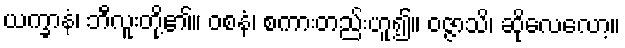
ယက္ခာနံ၊ ဘီလူးတို့၏။ ဝစနံ၊ စကားတည်းဟူ၍။ ဝဇ္ဇာသိ၊ ဆိုလေလော့။